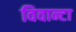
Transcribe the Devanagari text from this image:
विवान्टा